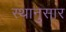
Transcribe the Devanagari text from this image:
स्थानुसार